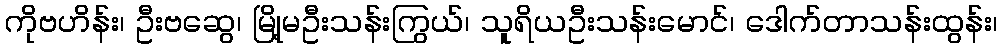
ကိုဗဟိန်း၊ ဦးဗဆွေ၊ မြို့မဦးသန်းကြွယ်၊ သူရိယဦးသန်းမောင်၊ ဒေါက်တာသန်းထွန်း၊